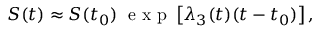
S ( t ) \approx S ( t _ { 0 } ) \; \textrm { e x p } \left[ \lambda _ { 3 } ( t ) ( t - t _ { 0 } ) \right] ,